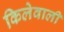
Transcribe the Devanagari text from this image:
किलेवाली